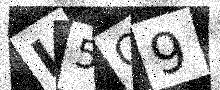
Text: I5O9